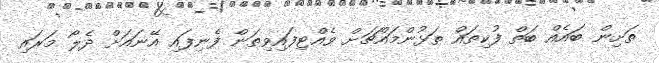
ތަށިން ބައެއް ބަތް ފުކިތައް ތަޅުންމައްޗަށް ވެއްޓިފައިވިތަން ފެނިފައި އޭނައަށް ދެލޯ މަރައި